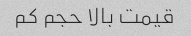
قیمت بالا حجم کم